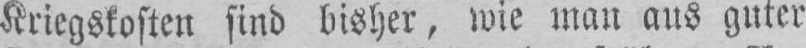
Kriegskosten sind bisher, wie man aus guter